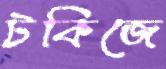
টকিজে